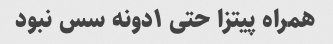
همراه پیتزا حتی ۱دونه سس نبود